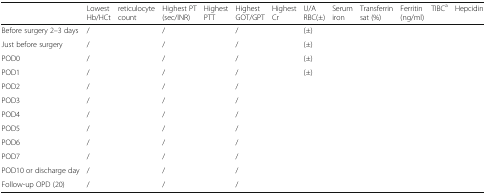
|  | Lowest Hb/HCt | reticulocyte count | Highest PT (sec/INR) | Highest PTT | Highest GOT/GPT | Highest Cr | U/A RBC(±) | Serum iron | Transferrin sat (%) | Ferritin (ng/ml) | TIBCa | Hepcidin |
 | --- | --- | --- | --- | --- | --- | --- | --- | --- | --- | --- | --- | --- |
 | Before surgery 2–3 days | / |  | / |  | / |  | (±) |  |  |  |  |  |
 | Just before surgery | / |  | / |  | / |  | (±) |  |  |  |  |  |
 | POD0 | / |  | / |  | / |  | (±) |  |  |  |  |  |
 | POD1 | / |  | / |  | / |  | (±) |  |  |  |  |  |
 | POD2 | / |  | / |  | / |  |  |  |  |  |  |  |
 | POD3 | / |  | / |  | / |  |  |  |  |  |  |  |
 | POD4 | / |  | / |  | / |  |  |  |  |  |  |  |
 | POD5 | / |  | / |  | / |  |  |  |  |  |  |  |
 | POD6 | / |  | / |  | / |  |  |  |  |  |  |  |
 | POD7 | / |  | / |  | / |  |  |  |  |  |  |  |
 | POD10 or discharge day | / |  | / |  | / |  |  |  |  |  |  |  |
 | Follow-up OPD (20) | / |  | / |  | / |  |  |  |  |  |  |  |